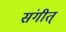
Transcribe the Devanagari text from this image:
संगीत्